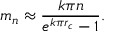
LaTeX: m _ { n } \approx \frac { k \pi n } { e ^ { k \pi r _ { c } } - 1 } .